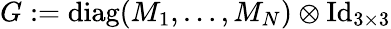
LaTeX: G:=\operatorname{diag}(M_{1},\dots,M_{N})\otimes\operatorname{Id}_{3\times 3}